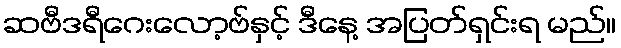
ဆဗီဒရီဂေးလော့ဗ်နှင့် ဒီနေ့ အပြတ်ရှင်းရ မည်။